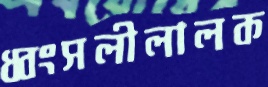
ধ্বংসলীলালক